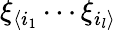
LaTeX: \xi_{\langle i_{1}}\cdots\xi_{i_{l}\rangle}